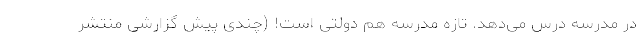
در مدرسه درس می‌دهد. تازه مدرسه هم دولتی است! (چندی پیش گزارشی منتشر